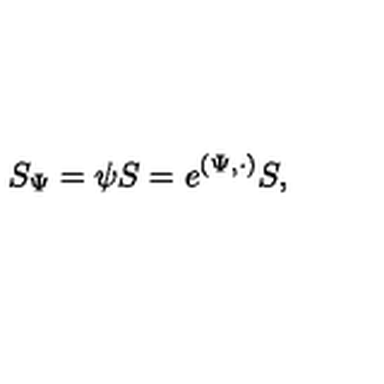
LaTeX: S _ { \Psi } = \psi S = e ^ { ( \Psi , \cdot ) } S ,